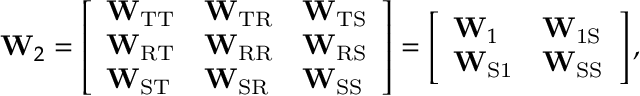
\mathbf { W } _ { 2 } = \left[ \begin{array} { l l l } { \mathbf { W } _ { \mathrm { T T } } } & { \mathbf { W } _ { \mathrm { T R } } } & { \mathbf { W } _ { \mathrm { T S } } } \\ { \mathbf { W } _ { \mathrm { R T } } } & { \mathbf { W } _ { \mathrm { R R } } } & { \mathbf { W } _ { \mathrm { R S } } } \\ { \mathbf { W } _ { \mathrm { S T } } } & { \mathbf { W } _ { \mathrm { S R } } } & { \mathbf { W } _ { \mathrm { S S } } } \end{array} \right] = \left[ \begin{array} { l l } { \mathbf { W } _ { 1 } } & { \mathbf { W } _ { \mathrm { 1 S } } } \\ { \mathbf { W } _ { \mathrm { S 1 } } } & { \mathbf { W } _ { \mathrm { S S } } } \end{array} \right] ,